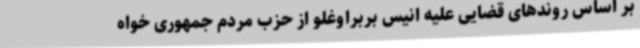
بر اساس روندهای قضایی علیه انیس بربراوغلو از حزب مردم جمهوری خواه